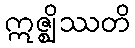
ဣဇ္ဈိဿတိ